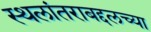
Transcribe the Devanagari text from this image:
स्थलांतराबद्दलच्या